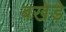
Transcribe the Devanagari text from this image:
बखेड़े